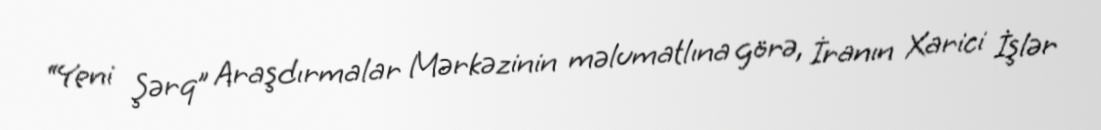
“Yeni Şərq” Araşdırmalar Mərkəzinin məlumatlına görə, İranın Xarici İşlər